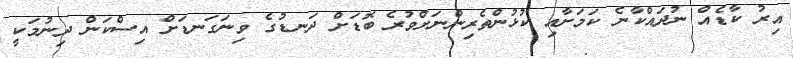
އިރު ކާޑެއް ނުދައްކާނެ ކަމަށާއި ކުޅުންތެރިންނަށްވުރެ ބޮޑަށް ދަނޑުގެ ވިނަގަނޑަށް އިސްކަން ދިނުމަކީ